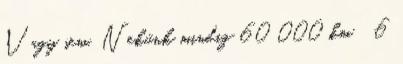
Vagy sem. Nekünk mindig 60 000 km 6